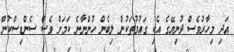
އަދި މިހާރުވެސް ދުނިޔޭގެ އެކި ގައުމުތަކުން ލިބެން ހުންނާނެ ކަމަށް ވެސް ސެންޑިސްކުން